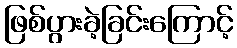
ဖြစ်ပွားခဲ့ခြင်းကြောင့်